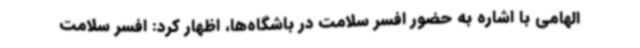
الهامی با اشاره به حضور افسر سلامت در باشگاه‌ها، اظهار کرد: افسر سلامت